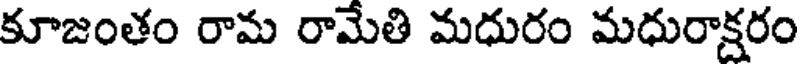
కూజంతం రామ రామేతి మధురం మధురాక్షరం